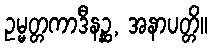
ဥမ္မတ္တကာဒီနဉ္ဆ, အနာပတ္တိ။